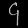
Digit: ၄